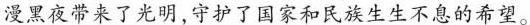
漫黑夜带来了光明，守护了国家和民族生生不息的希望。